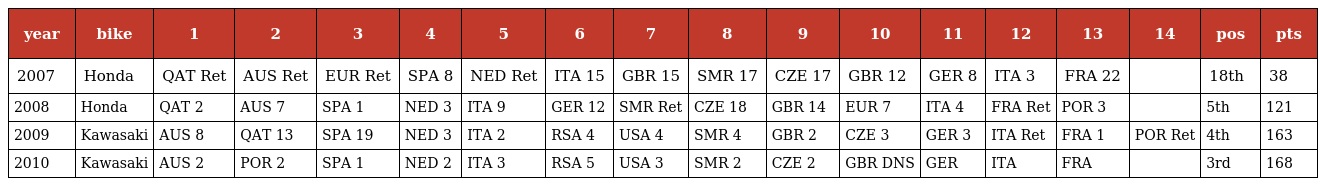
| year | bike | 1 | 2 | 3 | 4 | 5 | 6 | 7 | 8 | 9 | 10 | 11 | 12 | 13 | 14 | pos | pts |
 | --- | --- | --- | --- | --- | --- | --- | --- | --- | --- | --- | --- | --- | --- | --- | --- | --- | --- |
 | 2007 | Honda | QAT Ret | AUS Ret | EUR Ret | SPA 8 | NED Ret | ITA 15 | GBR 15 | SMR 17 | CZE 17 | GBR 12 | GER 8 | ITA 3 | FRA 22 |  | 18th | 38 |
 | 2008 | Honda | QAT 2 | AUS 7 | SPA 1 | NED 3 | ITA 9 | GER 12 | SMR Ret | CZE 18 | GBR 14 | EUR 7 | ITA 4 | FRA Ret | POR 3 |  | 5th | 121 |
 | 2009 | Kawasaki | AUS 8 | QAT 13 | SPA 19 | NED 3 | ITA 2 | RSA 4 | USA 4 | SMR 4 | GBR 2 | CZE 3 | GER 3 | ITA Ret | FRA 1 | POR Ret | 4th | 163 |
 | 2010 | Kawasaki | AUS 2 | POR 2 | SPA 1 | NED 2 | ITA 3 | RSA 5 | USA 3 | SMR 2 | CZE 2 | GBR DNS | GER | ITA | FRA |  | 3rd | 168 |